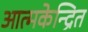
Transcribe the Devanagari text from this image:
आत्मकेन्द्रित